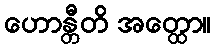
ဟောန္တီတိ အတ္ထော။